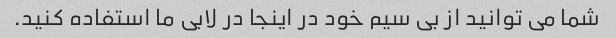
شما می توانید از بی سیم خود در اینجا در لابی ما استفاده کنید.